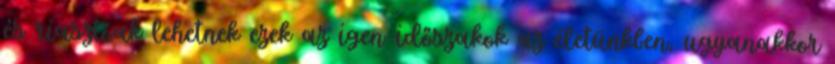
és riasztóak lehetnek ezek az igen-időszakok az életünkben, ugyanakkor